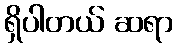
ရှိပါတယ် ဆရာ